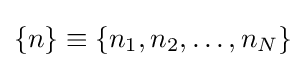
\{n\}\equiv \{n_{1},n_{2},\dots ,n_{N}\}